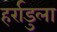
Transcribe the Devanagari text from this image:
हर्राडुला